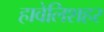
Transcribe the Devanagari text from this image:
हावेलिशहर